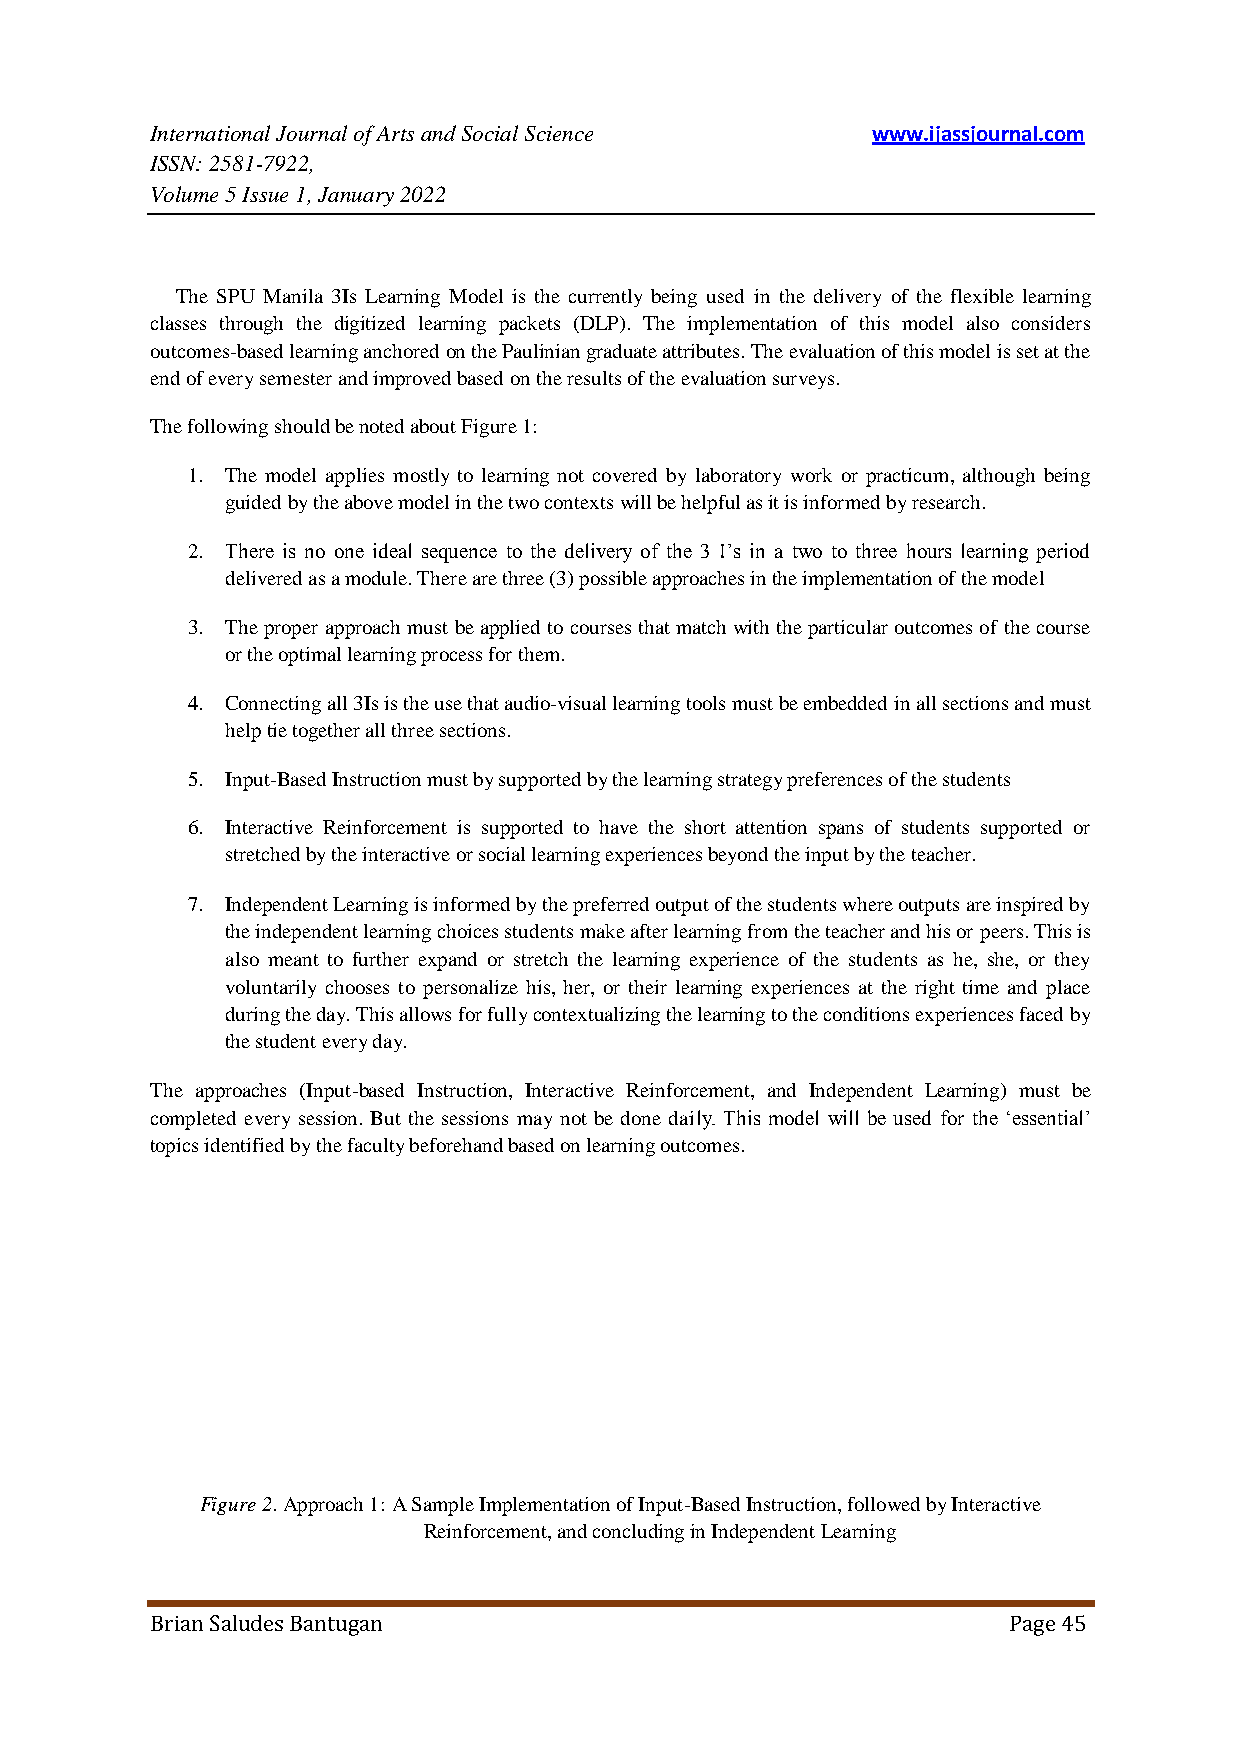
International Journal of Arts and Social Science www.ijassjournal.com
 ISSN: 2581-7922,
 Volume 5 Issue 1, January 2022
 The SPU Manila 3Is Learning Model is the currently being used in the delivery of the flexible learning
 classes through the digitized learning packets (DLP). The implementation of this model also considers
 outcomes-based learning anchored on the Paulinian graduate attributes. The evaluation of this model is set at the
 end of every semester and improved based on the results of the evaluation surveys.
 The following should be noted about Figure 1:
 1. The model applies mostly to learning not covered by laboratory work or practicum, although being
 guided by the above model in the two contexts will be helpful as it is informed by research.
 2. There is no one ideal sequence to the delivery of the 3 I‟s in a two to three hours learning period
 delivered as a module. There are three (3) possible approaches in the implementation of the model
 3. The proper approach must be applied to courses that match with the particular outcomes of the course
 or the optimal learning process for them.
 4. Connecting all 3Is is the use that audio-visual learning tools must be embedded in all sections and must
 help tie together all three sections.
 5. Input-Based Instruction must by supported by the learning strategy preferences of the students
 6. Interactive Reinforcement is supported to have the short attention spans of students supported or
 stretched by the interactive or social learning experiences beyond the input by the teacher.
 7. Independent Learning is informed by the preferred output of the students where outputs are inspired by
 the independent learning choices students make after learning from the teacher and his or peers. This is
 also meant to further expand or stretch the learning experience of the students as he, she, or they
 voluntarily chooses to personalize his, her, or their learning experiences at the right time and place
 during the day. This allows for fully contextualizing the learning to the conditions experiences faced by
 the student every day.
 The approaches (Input-based Instruction, Interactive Reinforcement, and Independent Learning) must be
 completed every session. But the sessions may not be done daily. This model will be used for the „essential‟
 topics identified by the faculty beforehand based on learning outcomes.
 Figure 2. Approach 1: A Sample Implementation of Input-Based Instruction, followed by Interactive
 Reinforcement, and concluding in Independent Learning
 Brian Saludes Bantugan                                   Page 45